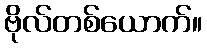
ဗိုလ်တစ်ယောက်။